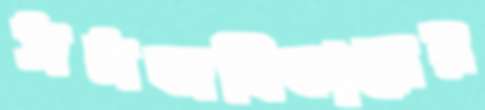
সমঅধিকারের